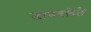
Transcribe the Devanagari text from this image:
जाणवलेले